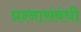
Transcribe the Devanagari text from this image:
प्रश्नासंबंधी